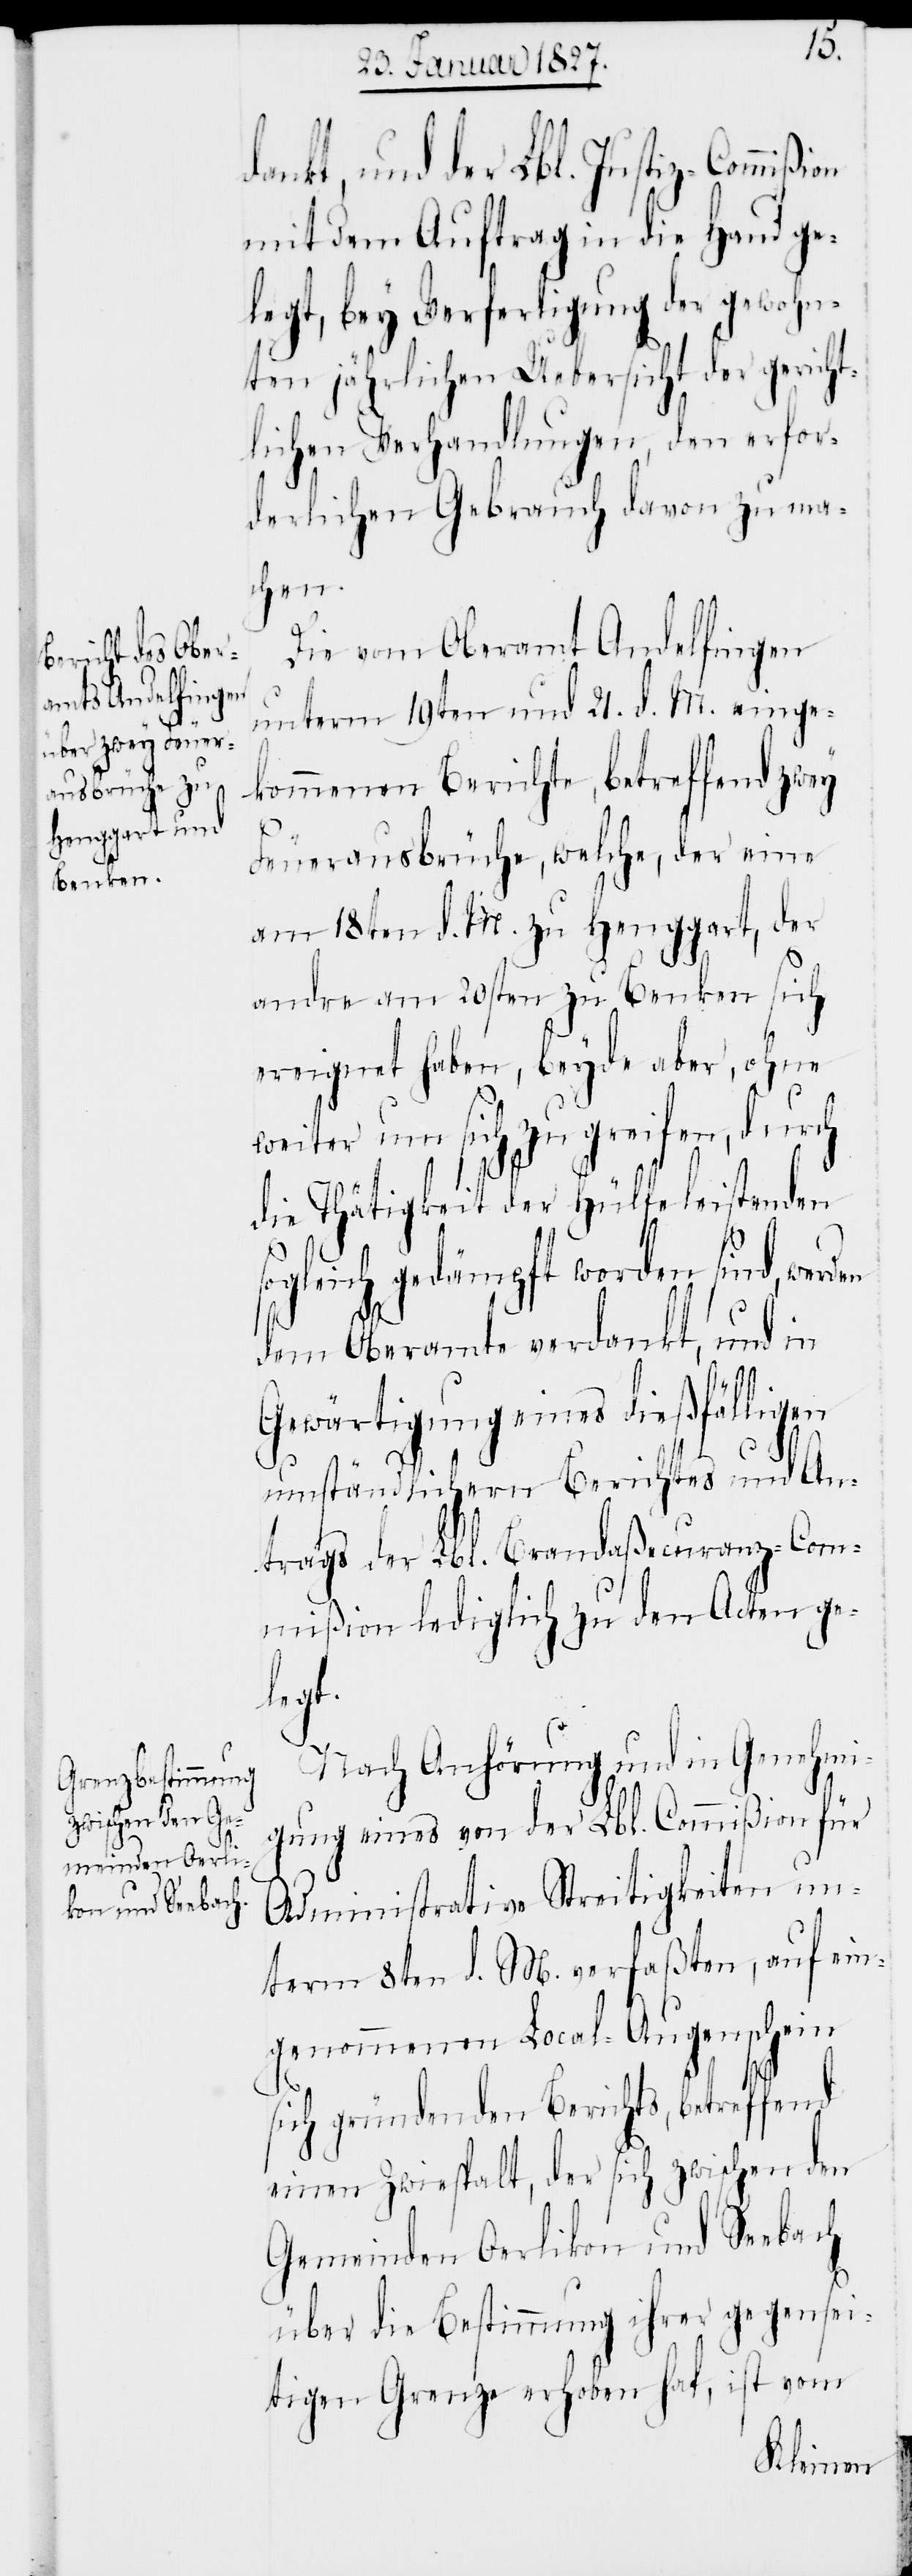
dankt, und der Lbl. Justiz-Commißion
mit dem Auftrag in die Hand ge¬
legt, bey Verfertigung der gewohn¬
ten jährlichen Uebersicht der gericht¬
lichen Verhandlungen, den erfor¬
derlichen Gebrauch davon zu ma¬
chen.
Die vom Oberamt Andelfingen
unterm 19ten und 21. d. M. einge¬
kommenen Berichte, betreffend zwey
s¬
Feuerausbrüche, welche, der eine
am 18ten d. M. zu Henggart, der
andre am 20sten zu Benken sich
ereignet haben, beyde aber, ohne
weiter um sich zu greifen, durch
die Thätigkeit der Hülfeleistenden
ogleich gedämpft worden sind,
dem Oberamte verdankt, und in
Gewärtigung eines dießfälligen
umständlichen Berichts und An¬
trags, der Lbl. Brandaßecuranz-Com¬
mißion lediglich zu den Acten ge¬
legt.
Nach Anhörung und in Genehmi¬
gung eines von der Lbl. Commißion für
Administrative Streitigkeiten un¬
term 8ten d. M. verfaßten, auf ein¬
genommenen Local-Augenschein
sich gründenden Berichts, betreffend
einen Zwiespalt, der sich zwischen den
Gemeinden Oerlikon und Seebach
über die Bestimmung ihrer gegensei¬
tigen Grenze erhoben hat, ist vom